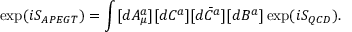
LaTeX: \exp ( i S _ { A P E G T } ) = \int [ d A _ { \mu } ^ { a } ] [ d C ^ { a } ] [ d \bar { C } ^ { a } ] [ d B ^ { a } ] \exp ( i S _ { Q C D } ) .